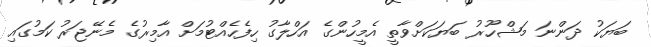
ބަޔަކު ދަންނަ މަޝްހޫރު ބަޔަކަށްވާތީ އެމީހުންގެ އަހްލާގު ހިފެހެއްޓުމަށް އާމިރުގެ މެނޭޖަރު ކަމުގައި